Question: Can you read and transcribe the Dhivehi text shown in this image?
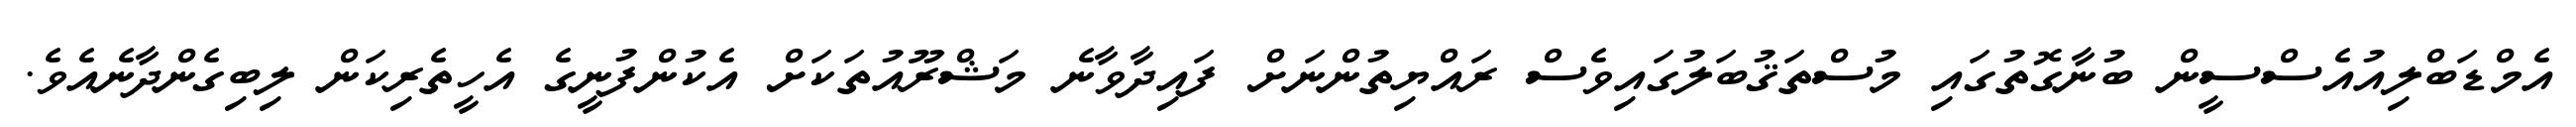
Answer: އެމްޑަބްލިއުއެސްސީން ބުނާގޮތުގައި މުސްތަޤުބަލުގައިވެސް ރައްޔިތުންނަށް ފައިދާވާނެ މަޝްރޫއުތަކަށް އެކުންފުނީގެ އެހީތެރިކަން ލިބިގެންދާނެއެވެ.